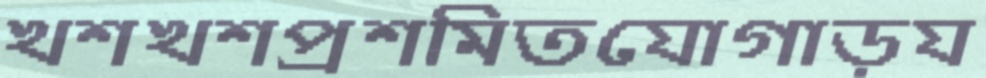
খশখশপ্রশমিতযোগাড়য